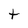
Character: t